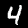
Digit: 4